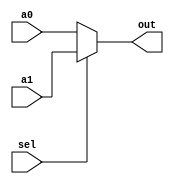
// This program was cloned from: https://github.com/kasrahj/Computer-Aided-Design
// License: MIT License

module Mux2to1 (sel, a0, a1, out);
    parameter N = 32;

    input sel;
    input [N-1:0] a0, a1;
    output [N-1:0] out;

    assign out = sel ? a1 : a0;
endmodule